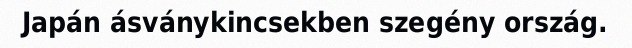
Japán ásványkincsekben szegény ország.